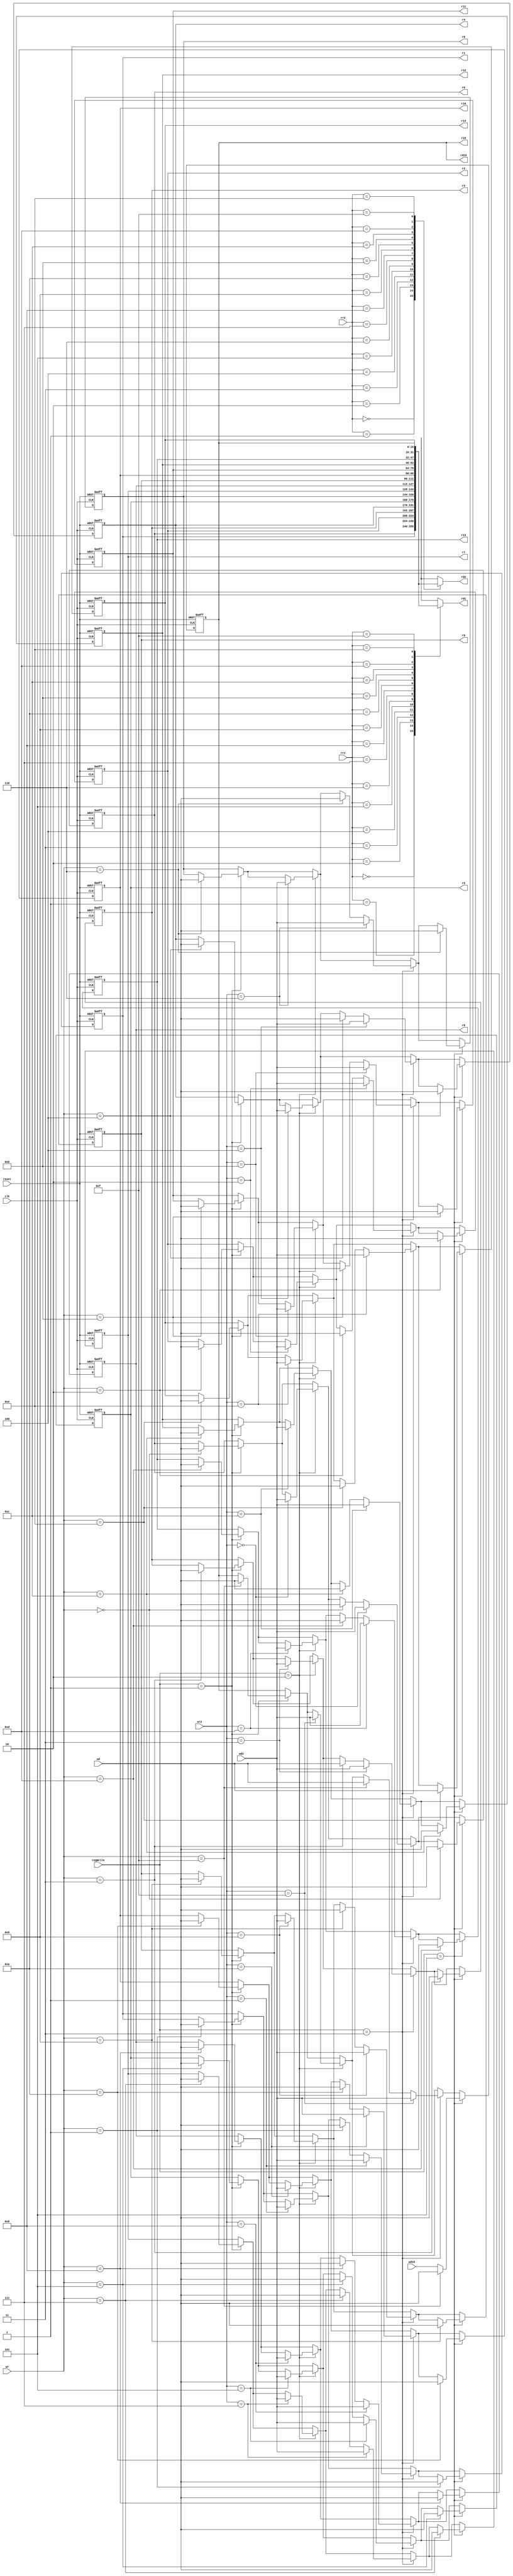
//Register File

module regFile (input clk, reset,
		input [2:0] regWrite,
		input [3:0] rr1, rr2, wr, wr2,	/*rr = Read Reg, wr = Write Reg*/
		input [15:0] wd, wd2, wd15,	/*wd = Write Data*/	
		output reg [15:0] rd1, rd2, rd15,/*rd = Read Data*/

		output reg [15:0] r0, r1, r2, r3, r4, r5, r6, r7, r8, r9, r10, r11, r12, r13, r14, r15);

reg [15:0] register [15:0];

always @(posedge clk or negedge reset)
begin
	if (!reset)
	begin
		register[0]	<= 16'h0000;
		register[1]	<= 16'h0F00;
		register[2]	<= 16'h0050;
		register[3]	<= 16'hFF0F;
		register[4]	<= 16'hF0FF;
		register[5]	<= 16'h0040;
		register[6]	<= 16'h6666;
		register[7]	<= 16'h00FF;
		register[8]	<= 16'hFF88;
		register[9]	<= 16'h0000;
		register[10]	<= 16'h0000;
		register[11]	<= 16'h0000;
		register[12]	<= 16'hCCCC;
		register[13]	<= 16'h0002;
		register[14]	<= 16'h0000;
		register[15]	<= 16'h0000;
	end
	
	else
	begin
		if (regWrite == 3'b001)
			register[wr] <= wd;
		if (regWrite == 3'b010)
			register[wr2] <= wd2;
		if (regWrite == 3'b011)
		begin
			register[wr] <= wd;
			register[wr2] <= wd2;
		end
		if (regWrite == 3'b101)
		begin
			register[15] <= wd15;
			register[wr] <= wd;
		end

	end
end

always@(*)
begin
	rd1 = register[rr1];
	rd2 = register[rr2];
	rd15 = register[15];

	r0 = register[0];
	r1 = register[1];
	r2 = register[2];
	r3 = register[3];
	r4 = register[4];
	r5 = register[5];
	r6 = register[6];
	r7 = register[7];
	r8 = register[8];
	r9 = register[9];
	r10 = register[10];
	r11 = register[11];
	r12 = register[12];
	r13 = register[13];
	r14 = register[14];	
	r15 = register[15];
end

endmodule